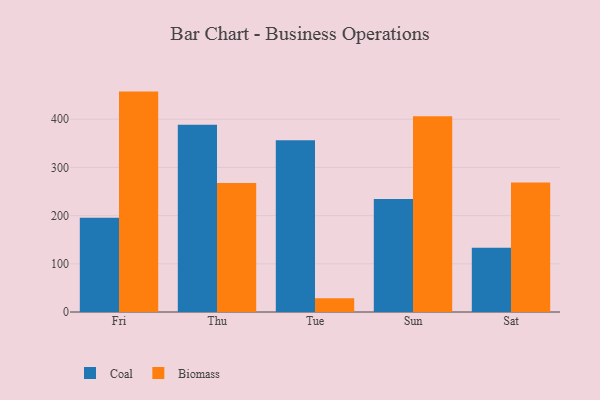
{"axis": {"x": "Day", "y": "Energy Usage (MWh)"}, "legend": ["Biomass", "Coal"], "data": [{"x": "Fri", "y": 195.3, "type": "Coal"}, {"x": "Fri", "y": 457.3, "type": "Biomass"}, {"x": "Thu", "y": 388.3, "type": "Coal"}, {"x": "Thu", "y": 267.5, "type": "Biomass"}, {"x": "Tue", "y": 356.6, "type": "Coal"}, {"x": "Tue", "y": 28.5, "type": "Biomass"}, {"x": "Sun", "y": 234.5, "type": "Coal"}, {"x": "Sun", "y": 405.9, "type": "Biomass"}, {"x": "Sat", "y": 133.4, "type": "Coal"}, {"x": "Sat", "y": 268.7, "type": "Biomass"}]}